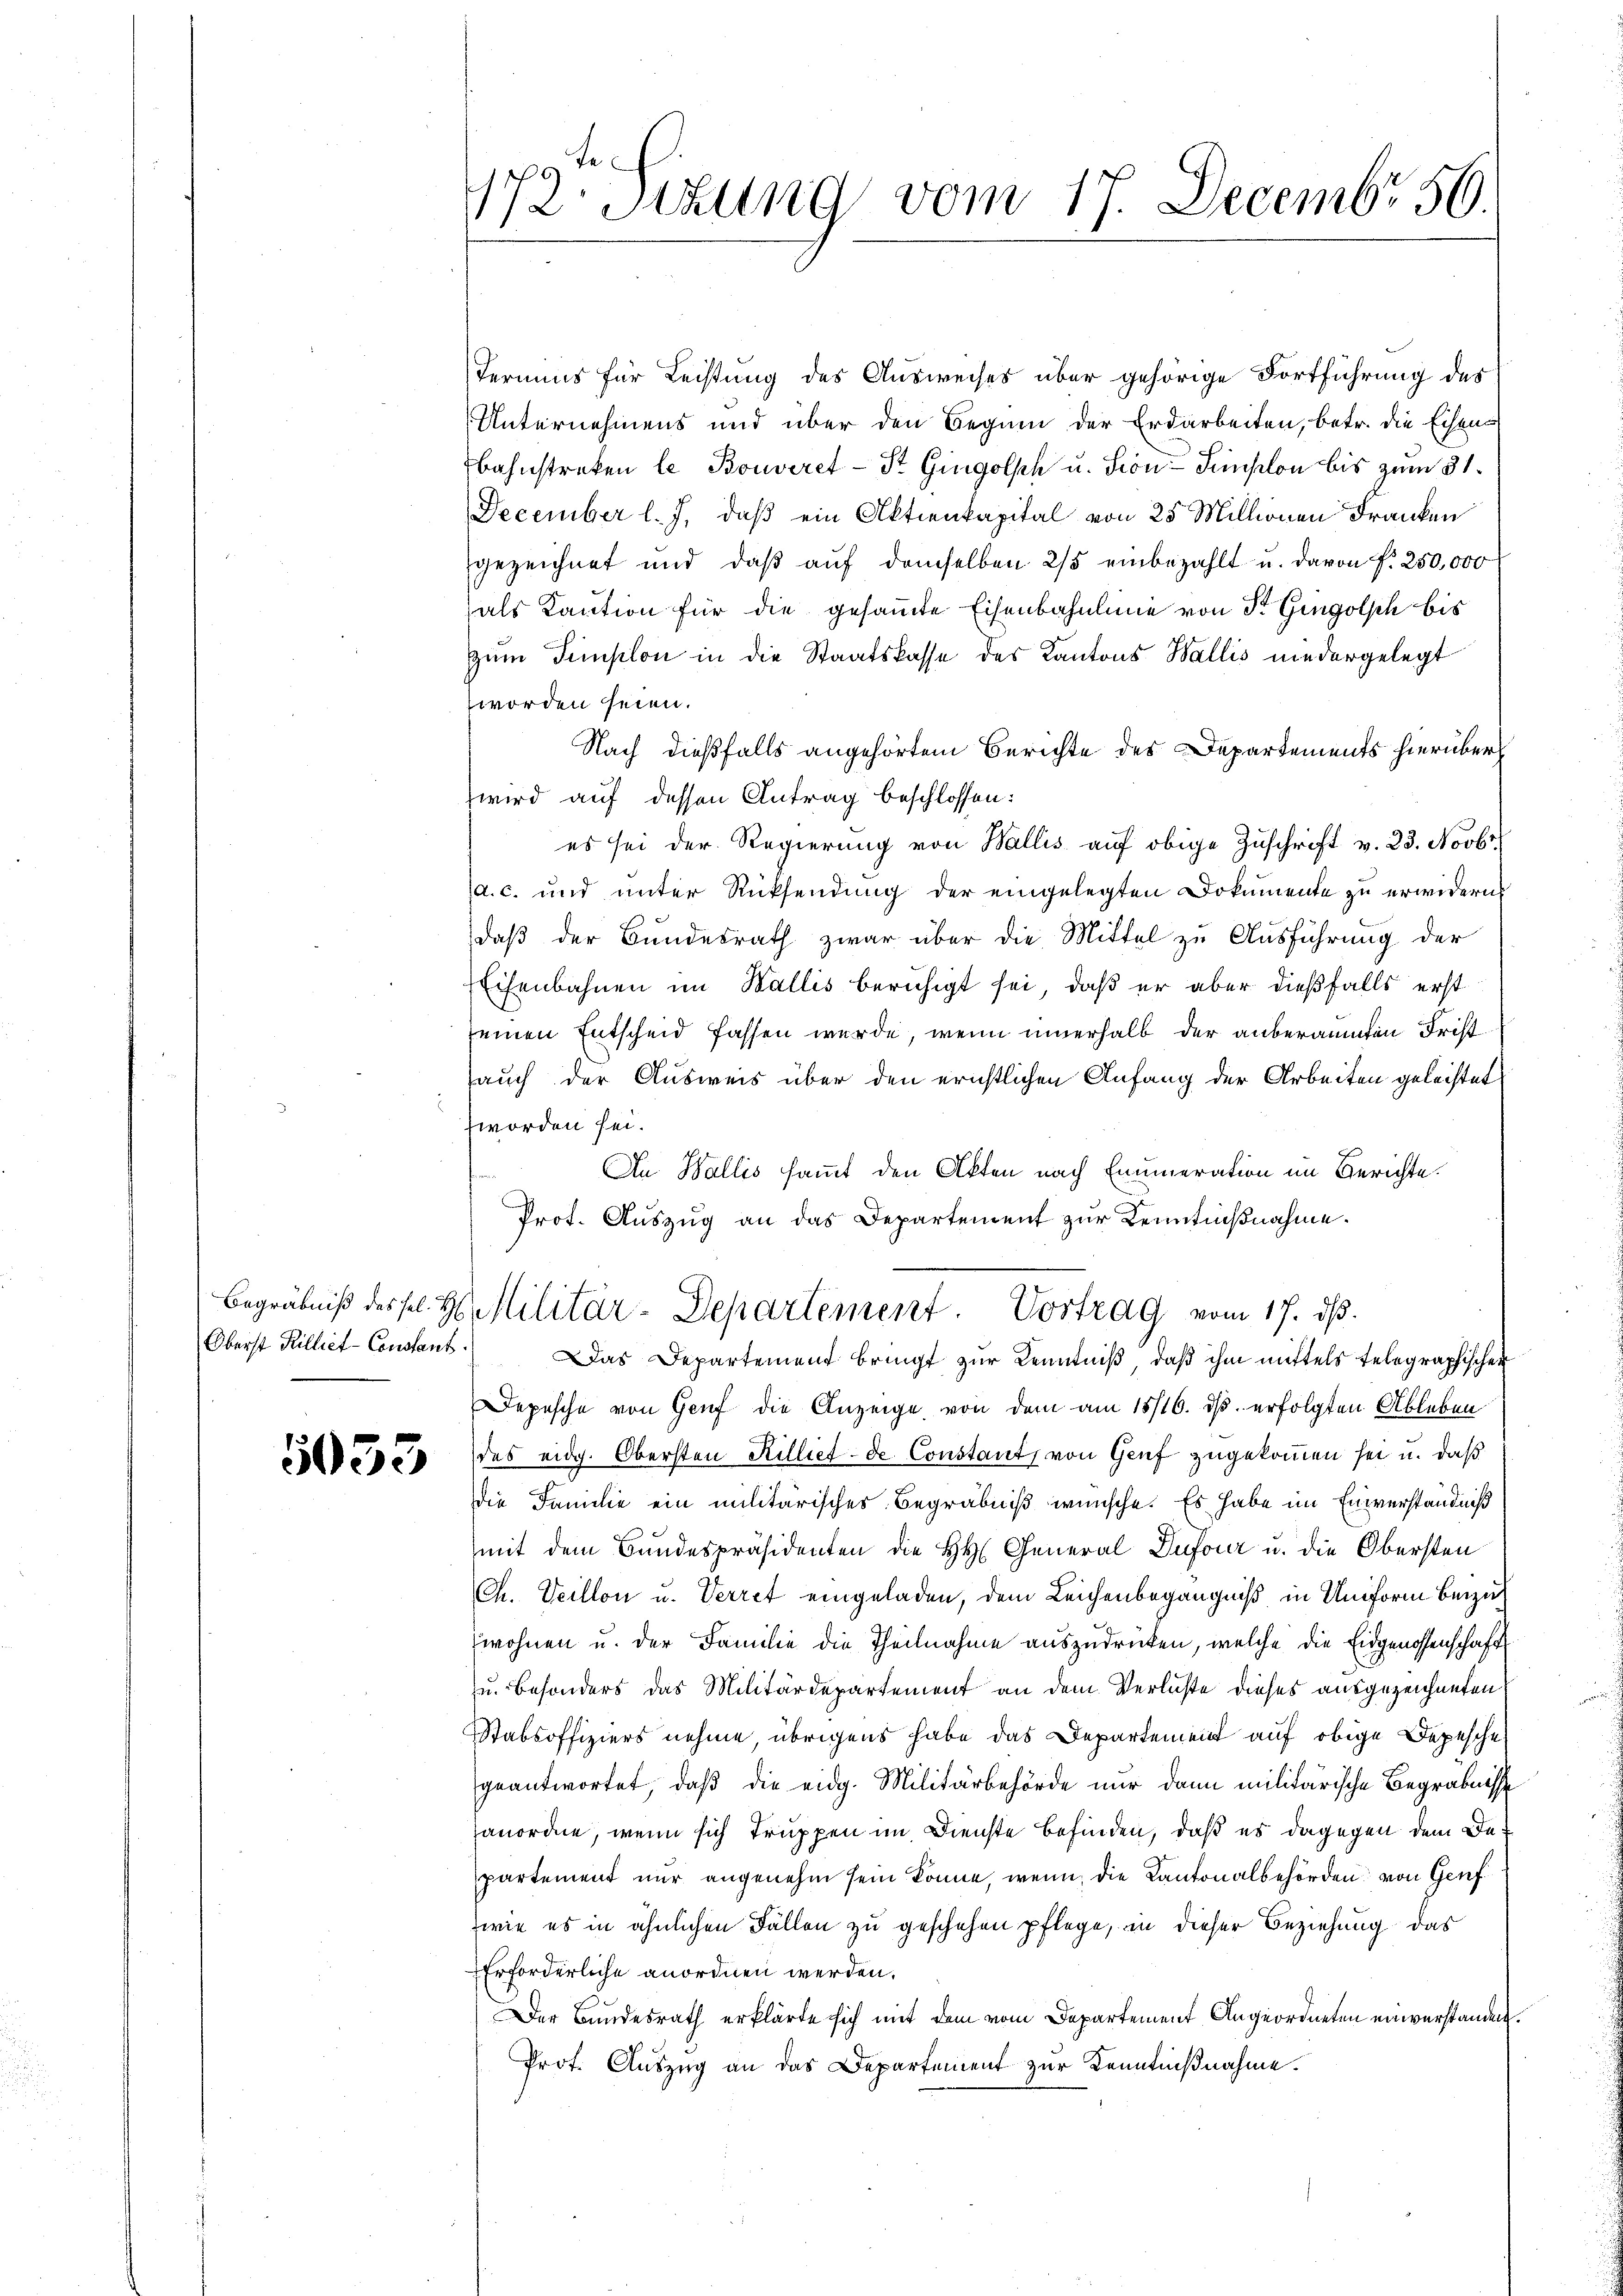
5033

9te
172 Sitzung vom 17. Decembr 56.

Termins für Leistung des Ausweises über gehörige Fortführung des
Unternehmens und über den Beginn der Erdarbeiten, betr. die Eisens
Bahnstreken le Bouveret - St. Gingolph u. Son Finslon bis zum 31.
December l. J. daß ein Aktienkapital von 25 Millionen Franken
gezeichnet und daß auf demselben 2/5 einbezahlt u. davon f. 250,000
als Kaution für die gesammte Eisenbahnlinie von Fr. Gingolph bis
zum Templon in die Staatskasse des Kantons Wallis niedergelegt
worden seien.
Nach dießfalls angehörtem Berichte des Departements hierüber
wird auf dessen Antrag beschlossen:
es sei der Regierung von Wallis auf obige Zuschrift v. 23. Novbr.
a. c. und unter Rücksendung der eingelegten Dokumente zu erwidern.
daß der Bundesrath zwar über die Mittel zu Ausführung der
Eisenbahnen im Wallis beruhigt sei, daß er aber dießfalls erst
seinen Entscheid fassen wurde, wenn innerhalb der anberaumten Fristauch der Ausweis über den ernstlichen Anfang der Arbeiten geleistet
worden sei.
An Wallis sammt den Akten nach Enumeration im Berichte.
Prot. Auszug an das Departement zur Kenntnißnahme.
Begräbniß des sel. H. Militär-Departement. Vortrag vom 17. ds.
Oberst Hilliet Constant. Das Departement bringt zŭr Kenntniβ, daβ ihm mittels telegraphischen
Depesche von Genf die Anzeige von dem am 18/16. ds. erfolgten Ableben
des eidg. Obersten Killiet de Constant von Genf zugekommen sei u. daß
die Familie ein militärisches Begräbniß wünsche. Es habe im Einverständniß
mit dem Bundespräsidenten die HH General Dufour u. die Obersten
Ch. Veillon u. Verret eingeladen, dem Leichenbegängniß in Uniform beizuwohnen u. der Familie die Theilnahme auszudrücken, welche die Eidgenossenschaft
u. Besonders das Militärdepartement an dem Verluste dieses ausgezeichneten
Stabsoffiziers nehme, übrigens habe das Departement auf obige Depesche
geantwortet, daß die eidg. Militärbehörde nur dann militärische Begräbnisse
hanordne, wenn sich Truppen im Dienste befinden, daß es dagegen dem Departement nur angenehm sein könne, wenn die Cantonalbehörden von Genf
wie es in ähnlichen Fällen zu geschehen pflege, in dieser Beziehung das
Erforderliche anordnen werden.
Der Bundesrath erklärte sich mit dem vom Departement Angeordneten einverstanden.
Prot. Auszug an das Departement zur Kenntnißnahme.